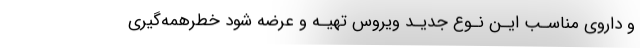
و داروی مناسـب ایـن نـوع جدیـد ویروس تهیـه و عرضه شود خطرهمه‌گیری